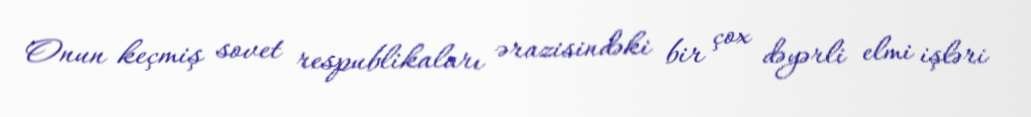
Onun keçmiş sovet respublikaları ərazisindəki bir çox dəyərli elmi işləri